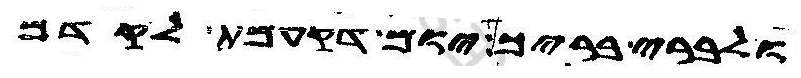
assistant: ולברי בריך יום דקעמת לקדם